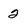
Character: 2